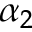
\alpha _ { 2 }